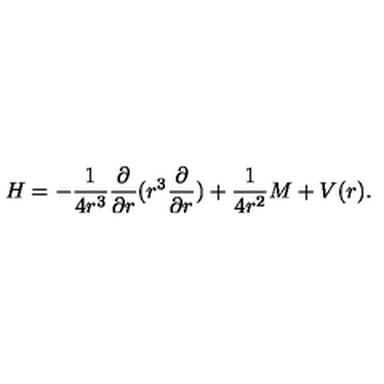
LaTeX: H = - { \frac { 1 } { 4 r ^ { 3 } } } { \frac { \partial } { \partial r } } ( r ^ { 3 } { \frac { \partial } { \partial r } } ) + { \frac { 1 } { 4 r ^ { 2 } } } M + V ( r ) .